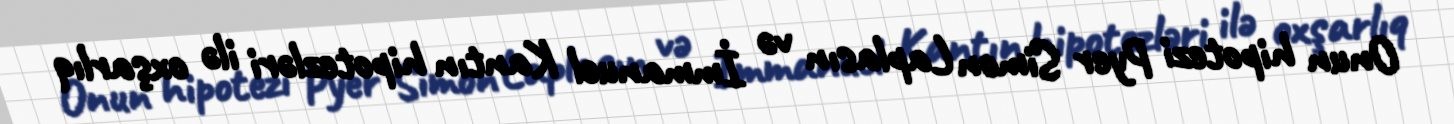
Onun hipotezi Pyer Simon Laplasın və İmmanuel Kantın hipotezləri ilə oxşarlıq